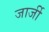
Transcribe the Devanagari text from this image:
जार्जी